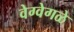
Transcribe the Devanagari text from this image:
वेग्वेगळे